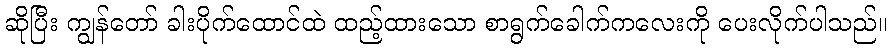
ဆိုပြီး ကျွန်တော် ခါးပိုက်ထောင်ထဲ ထည့်ထားသော စာရွက်ခေါက်ကလေးကို ပေးလိုက်ပါသည်။